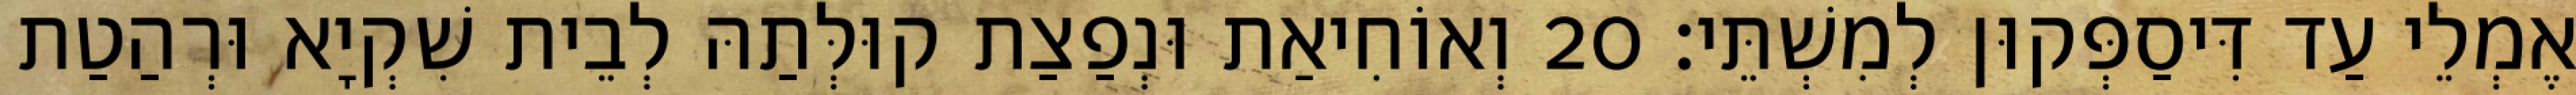
אֶמְלֵי עַד דִּיסַפְּקוּן לְמִשְׁתֵּי׃ 20 וְאוֹחִיאַת וּנְפַצַת קוּלְּתַהּ לְבֵית שִׁקְיָא וּרְהַטַת